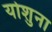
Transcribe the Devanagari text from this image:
योशुना